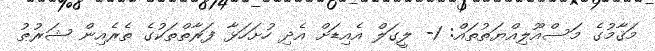
މަޤާމުގެ މަސްއޫލިއްޔަތުތައް: 1- ލީގަލް އެއިޑަށް އެދި ހުށަހަޅާ ފަރާތްތަކުގެ ތެރެއިން ޝަރުޠު